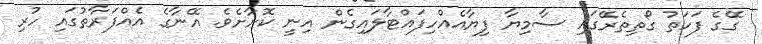
ގޭގެ ފަހަތު ގޯތިތެރޭގައި ސާމިޔާ ފިޔާއެއްހިފައްޓާލައިގެން އިނީ ކޮށާށެވެ. އޭނާގެ އެއްފަރާތުގައި ހުރި